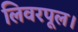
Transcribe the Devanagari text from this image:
लिवरपूल।